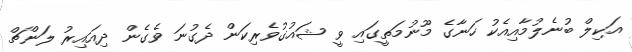
އަކިލް ބުނެލުމާއިއެކު ހަނާގެ މޫނުމަތީގައި ވީ ޝައުގުވެރިކަން ދެގުނަ ވެގެން ދިއައިރު ލަންޗް